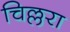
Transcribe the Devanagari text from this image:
चिल्लरा